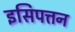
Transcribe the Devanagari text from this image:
इसिपत्तन